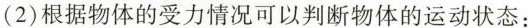
（2）根据物体的受力情况可以判断物体的运动状态：